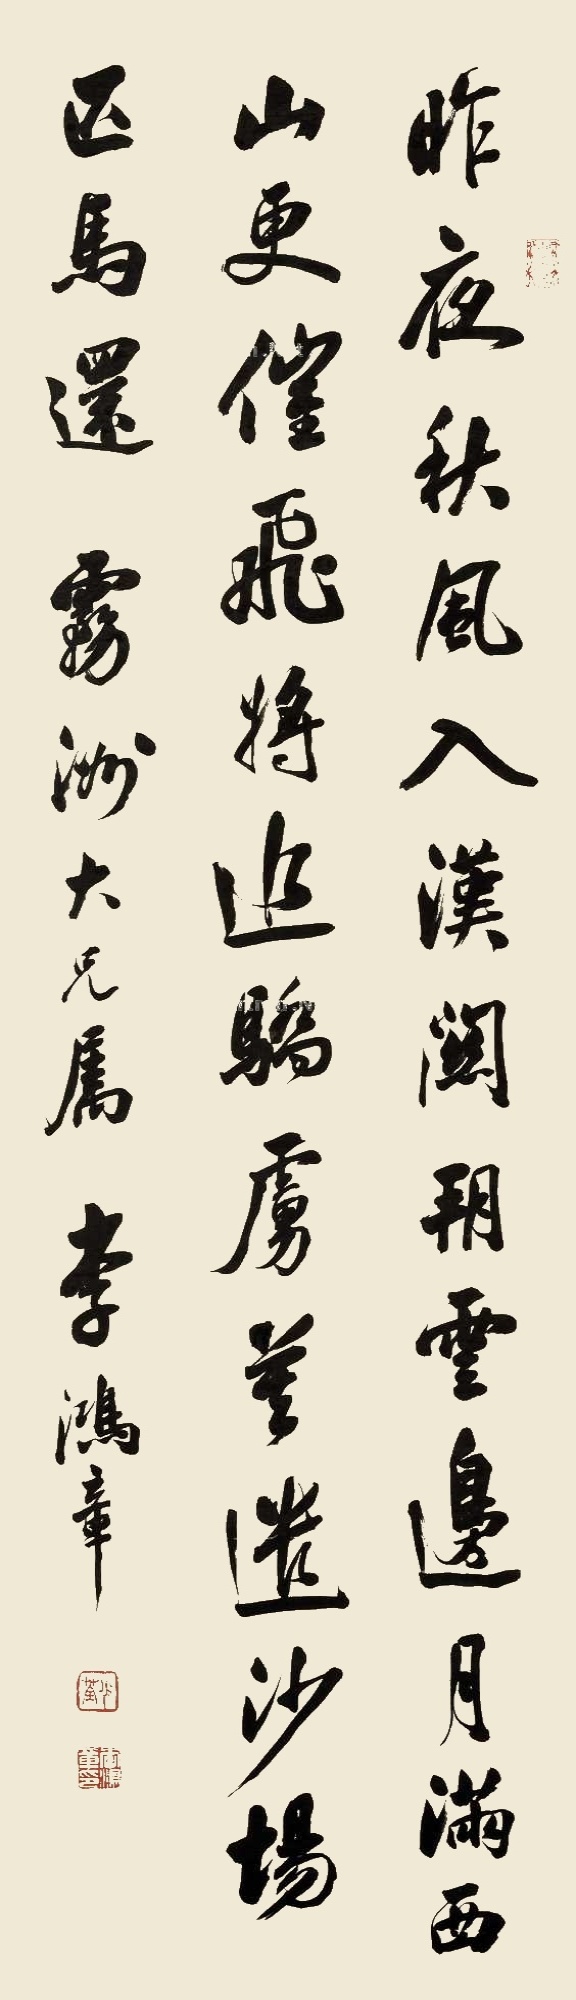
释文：昨夜秋风入汉关，朔云边月满西山。更催飞将追骄虏，莫遣沙场匹马还。雾洲大兄属。李鸿章。